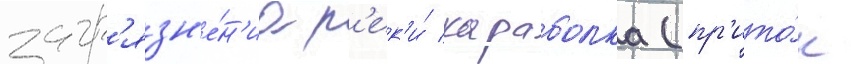
загр'язн'е́н'иа р'ек'и́ караболка (пр'ито́к